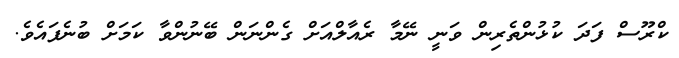
ކްރޫސް ފަދަ ކުޅުންތެރިން ވަނީ ނޭމާ ރެއާލްއަށް ގެންނަން ބޭނުންވާ ކަމަށް ބުނެފައެވެ.